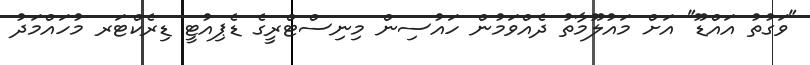
"ވަގުތު އައްޑޫ" އަށް މައުލޫމާތު ދެއްވަމުން ހައުސިން މިނިސްޓްރީގެ ޑެޕިއުޓީ ޑިރެކްޓަރ މުހައްމަދު